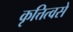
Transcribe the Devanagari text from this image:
कृत्तित्वसे